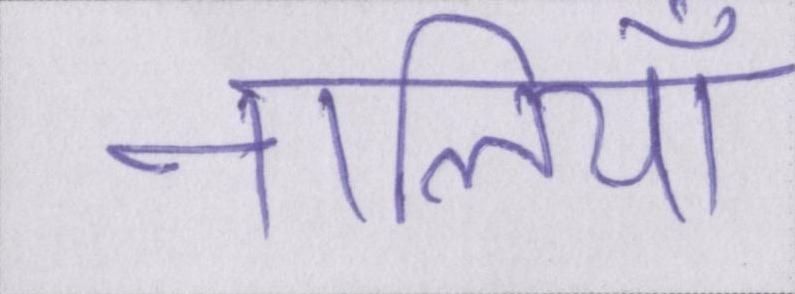
नालियाँ